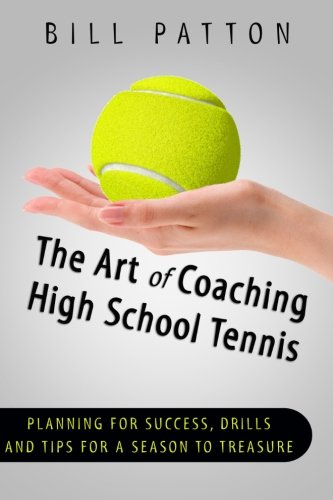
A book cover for The Art of Coaching High School Tennis: Planning for Success, Drills and Tips fo; Bill Patton; Sports & Outdoors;